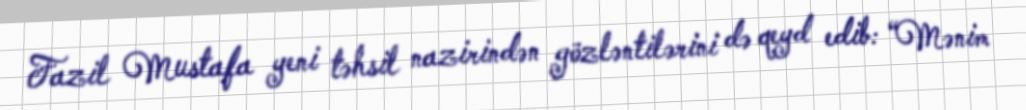
Fazil Mustafa yeni təhsil nazirindən gözləntilərini də qeyd edib: “Mənim